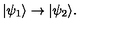
| \psi _ { 1 } \rangle \rightarrow | \psi _ { 2 } \rangle .